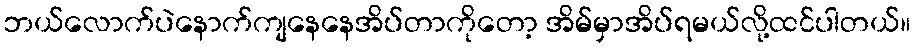
ဘယ်လောက်ပဲနောက်ကျနေနေအိပ်တာကိုတော့ အိမ်မှာအိပ်ရမယ်လို့ထင်ပါတယ်။